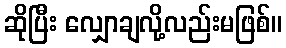
ဆိုပြီး လျှောချလို့လည်းမဖြစ်။